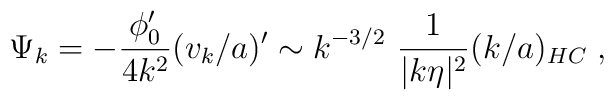
\Psi_k = - \frac {\phi_0'}{4 k^2} (v_k/a)'\sim k^{-3/2}~\frac {1}{|k \eta|^2} (k/a)_{HC}\; ,